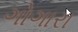
ગોગારા